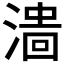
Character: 𣻲